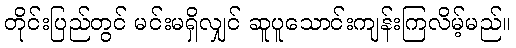
တိုင်းပြည်တွင် မင်းမရှိလျှင် ဆူပူသောင်းကျန်းကြလိမ့်မည်။